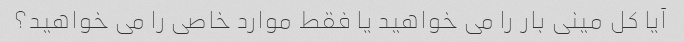
آیا کل مینی بار را می خواهید یا فقط موارد خاصی را می خواهید؟